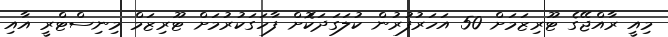
މިއީ ރާއްޖޭގެ ޓޫރިޒަމަށް 50 އަހަރުފުރުން ކުލަގަދަކޮަށް ފާހަގަކުރުމަށް ޓޫރިޒަމް މިނިސްޓްރީ އާއި